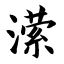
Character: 潆